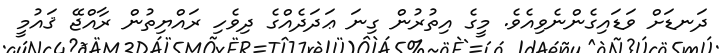
ދަނޑަށް ވަޑައިގެންނެވިއެވެ. މީގެ އިތުރުން ގިނަ ޢަދަދެއްގެ ދިވެހި ރައްޔިތުން ރާއްޖޭ ޤައުމީ